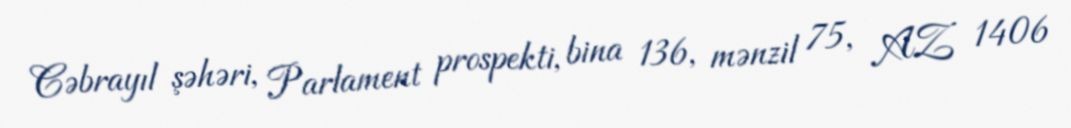
Cəbrayıl şəhəri, Parlament prospekti, bina 136, mənzil 75, AZ 1406